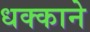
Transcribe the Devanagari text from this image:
धक्काने